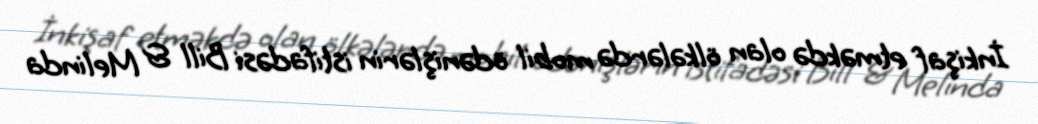
İnkişaf etməkdə olan ölkələrdə mobil ödənişlərin istifadəsi Bill & Melinda